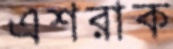
এশরাক